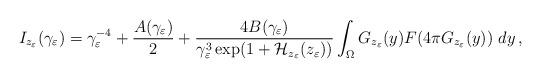
LaTeX: \begin{align*}I_{z_\varepsilon}(\gamma_\varepsilon)=\gamma_\varepsilon^{-4}+\frac{A(\gamma_\varepsilon)}{2}+ \frac{4 B(\gamma_\varepsilon)}{\gamma_\varepsilon^3 \exp(1+\mathcal{H}_{z_\varepsilon}(z_\varepsilon))}\int_{\Omega} G_{z_\varepsilon}(y)F(4\pi G_{z_\varepsilon}(y))~dy\,,\end{align*}